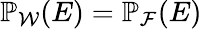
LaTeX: \mathbb{P}_{\mathcal{W}}(E)=\mathbb{P}_{\mathcal{F}}(E)